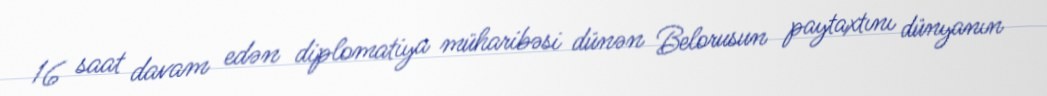
16 saat davam edən diplomatiya müharibəsi dünən Belorusun paytaxtını dünyanın